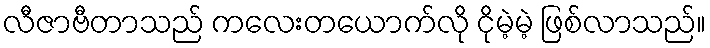
လီဇာဗီတာသည် ကလေးတယောက်လို ငိုမဲ့မဲ့ ဖြစ်လာသည်။